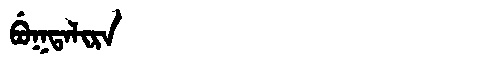
Manchu: ᠪᡠᡴᡨᠠᠯᡳᡵᠠ
Romanization: BUKTALIRA